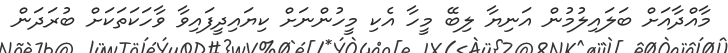
މާއްދާއަށް ބަލައިލުމުން އަނިޔާ ލިބޭ މީހާ އެކި މީހުންނަށް ކިޔައިދީފައިވާ ވާހަކަތަކަށް ބުރަދަން